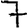
Digit: 7